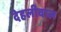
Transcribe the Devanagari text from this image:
देहलीवाल